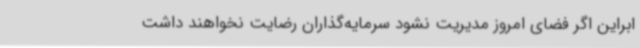
ابراین اگر فضای امروز مدیریت نشود سرمایه‌گذاران رضایت نخواهند داشت